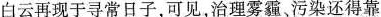
白云再现于寻常日子，可见，治理雾霾、污染还得靠